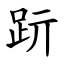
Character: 䟚